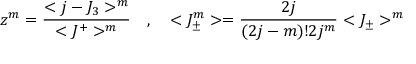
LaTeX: z ^ { m } = \frac { < j - J _ { 3 } > ^ { m } } { < J ^ { + } > ^ { m } } \quad , \quad < J _ { \pm } ^ { m } > = \frac { 2 j } { ( 2 j - m ) ! 2 j ^ { m } } < J _ { \pm } > ^ { m }